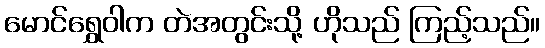
မောင်ရွှေဝါက တဲအတွင်းသို့ ဟိုသည် ကြည့်သည်။